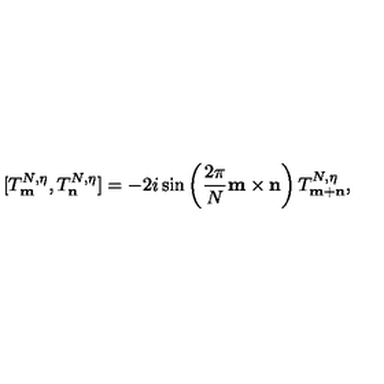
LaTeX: [ T _ { \bf m } ^ { N , \eta } , T _ { \bf n } ^ { N , \eta } ] = - 2 i \sin \left( \frac { 2 \pi } { N } { \bf m \times n } \right) T _ { \bf m + n } ^ { N , \eta } ,